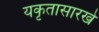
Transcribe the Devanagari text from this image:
यकृतासारखे